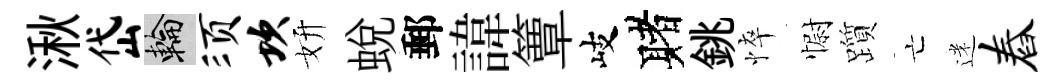
湫岱輪须坎妍蛻郵諱簟岐赌銚悴𢠢躓亡迷舂